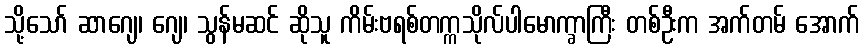
သို့သော် ဆာဂျေ၊ ဂျေ၊ သွန်မဆင် ဆိုသူ ကိမ်းဗရစ်တက္ကသိုလ်ပါမောက္ခာကြီး တစ်ဦးက အက်တမ် အောက်